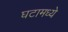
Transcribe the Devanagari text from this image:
घटामध्ये